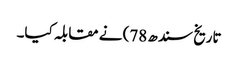
تاریخ سندھ 78) نے مقابلہ کیا۔